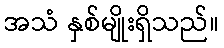
အသံ နှစ်မျိုးရှိသည်။